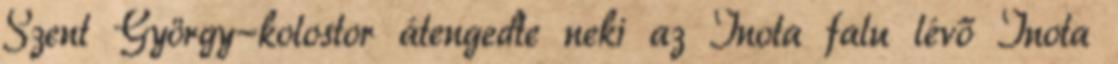
Szent György-kolostor átengedte neki az Inota falu lévő Inota